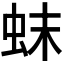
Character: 𬟼